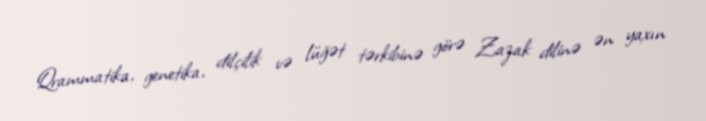
Qrammatika, genetika, dilçilik və lüğət tərkibinə görə Zazak dilinə ən yaxın